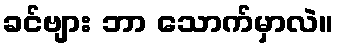
ခင်ဗျား ဘာ သောက်မှာလဲ။